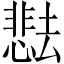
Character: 𫨰